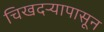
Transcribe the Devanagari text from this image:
चिखदऱ्यापासून